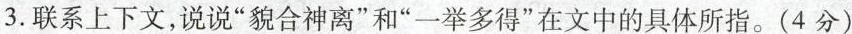
3.联系上下文，说说”貌合神离”和”一举多得”在文中的具体所指。（4分）